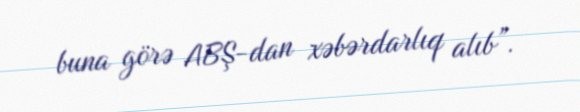
buna görə ABŞ-dan xəbərdarlıq alıb”.